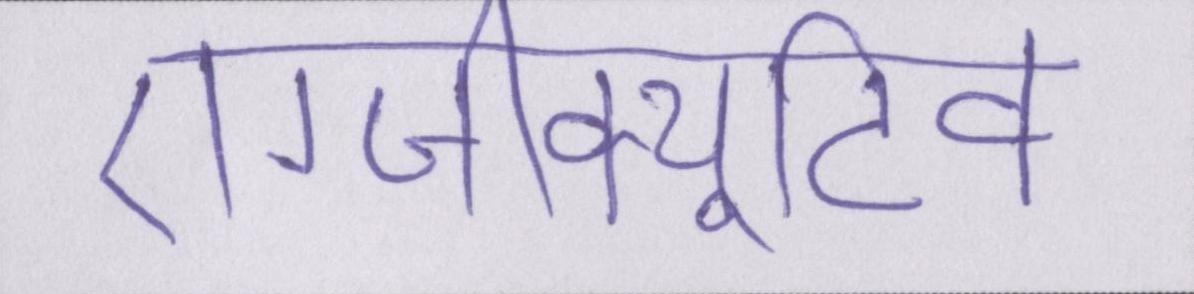
एग्जीक्यूटिव